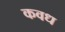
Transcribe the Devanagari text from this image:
कवध